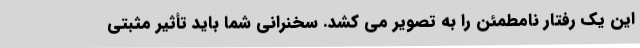
این یک رفتار نامطمئن را به تصویر می کشد. سخنرانی شما باید تأثیر مثبتی